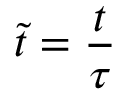
\tilde { t } = \frac { t } { \tau }